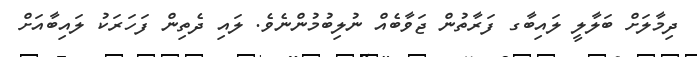
ދިމާލަށް ބަލާލީ ލައިބާގ ފަރާތުން ޖަވާބެއް ނުލިބުމުންނެވެ. ލައި ދެތިން ފަހަރަކު ލައިބާއަށް